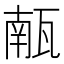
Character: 𮴼